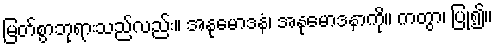
မြတ်စွာဘုရားသည်လည်း။ အနုမောဒနံ၊ အနုမောဒနာကို။ ကတွာ၊ ပြု၍။